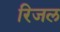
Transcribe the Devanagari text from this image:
रिजल